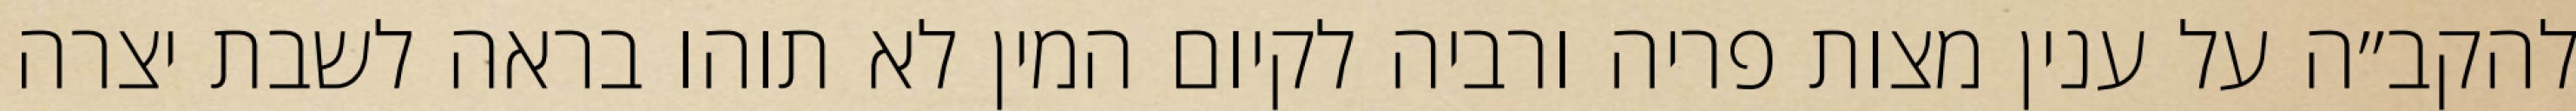
להקב״ה על ענין מצות פריה ורביה לקיום המין לא תוהו בראה לשבת יצרה